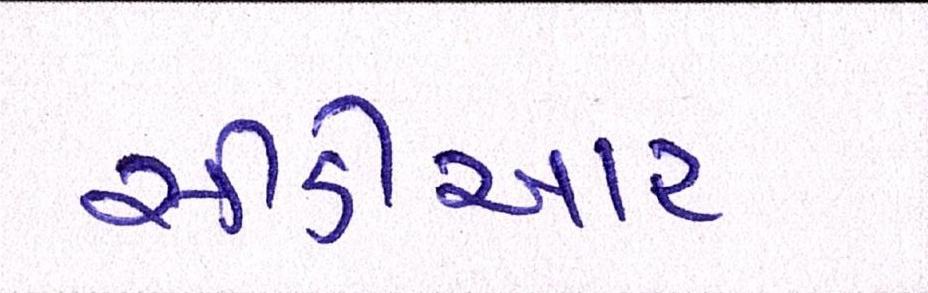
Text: સીડીઆર